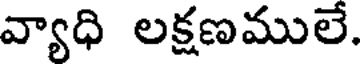
వ్యాధి లక్షణములే.